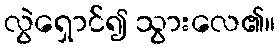
လွဲရှောင်၍ သွားလေ၏။